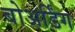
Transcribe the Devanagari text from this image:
बोअर्डिंग